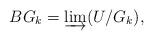
LaTeX: \begin{align*}BG_k=\varinjlim (U/G_k),\end{align*}